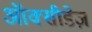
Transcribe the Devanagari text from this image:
ऑक्सीडेज़